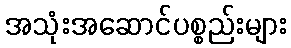
အသုံးအဆောင်ပစ္စည်းများ